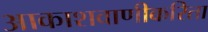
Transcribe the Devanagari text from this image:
आकाशवाणीकरिता